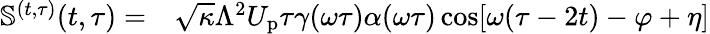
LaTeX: \begin{array}{rl}{\mathbb{S}^{(t,\tau)}(t,\tau)=}&{{}\sqrt{\kappa}\Lambda^{2}U_{\mathrm{p}}\tau\gamma(\omega\tau)\alpha(\omega\tau)\cos[\omega(\tau-2t)-\varphi+\eta]}\end{array}